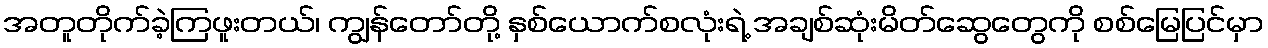
အတူတိုက်ခဲ့ကြဖူးတယ်၊ ကျွန်တော်တို့ နှစ်ယောက်စလုံးရဲ့ အချစ်ဆုံးမိတ်ဆွေတွေကို စစ်မြေပြင်မှာ